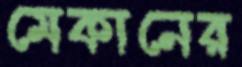
মেকানের